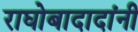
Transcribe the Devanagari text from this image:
राघोबादादांनी